画像に写った文字を読んでください
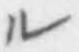
「ル」と書いてあります